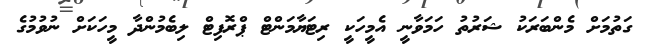
ގަތުމަށް މެންބަރަކު ޝަރުތު ހަމަވާނީ އެމީހަކީ ރިޓަޔާމަންޓް ޕްރޮފިޓް ލިބެމުންދާ މީހަކަށް ނުވުމުގެ